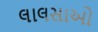
લાલસાઓ